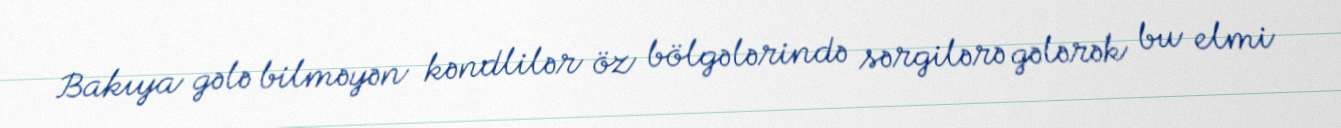
Bakıya gələ bilməyən kəndlilər öz bölgələrində sərgilərə gələrək bu elmi